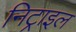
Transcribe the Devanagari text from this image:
निट्राइल